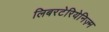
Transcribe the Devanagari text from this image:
लिबरटेरियेनिज़्म